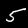
Digit: 5